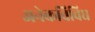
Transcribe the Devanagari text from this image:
अनेकविविध